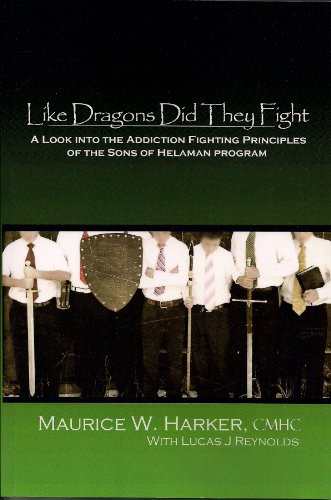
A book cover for Like Dragons Did They Fight; Maurice W. Harker; Christian Books & Bibles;